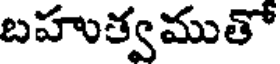
బహుక్వముతో